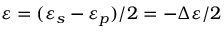
\varepsilon = ( \varepsilon _ { s } - \varepsilon _ { p } ) / 2 = - \Delta \varepsilon / 2